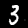
Digit: 3